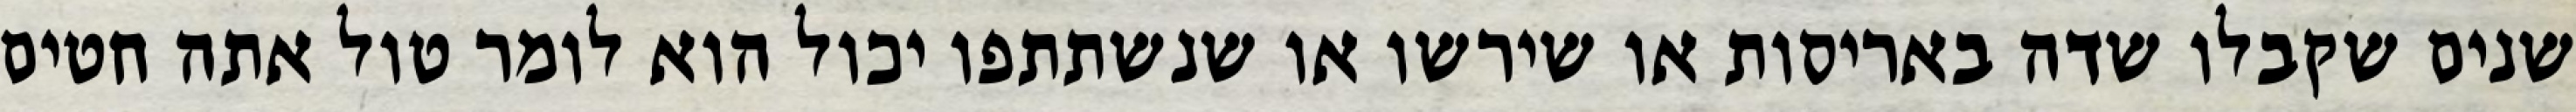
שנים שקבלו שדה באריסות או שירשו או שנשתתפו יכול הוא לומר טול אתה חטים